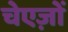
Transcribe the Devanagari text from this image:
चेएज़ों